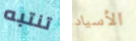
تنتبه الأسياد